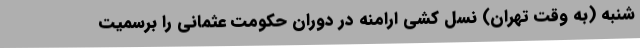
شنبه (به وقت تهران) نسل کشی ارامنه در دوران حکومت عثمانی را برسمیت